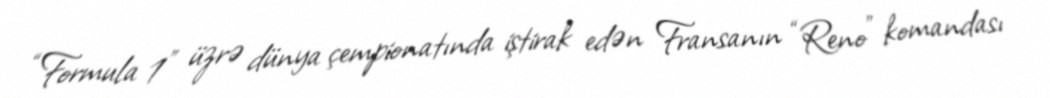
“Formula 1” üzrə dünya çempionatında iştirak edən Fransanın “Reno” komandası